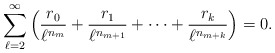
\begin{gather*}\sum_{\ell=2}^\infty\left(\frac{r_0}{\ell^{n_m}}+\frac{r_1}{\ell^{n_{m+1}}}+\dots+\frac{r_k}{\ell^{n_{m+k}}}\right)=0.\end{gather*}